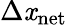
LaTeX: \Delta\mathit{x}_{\mathrm{{net}}}